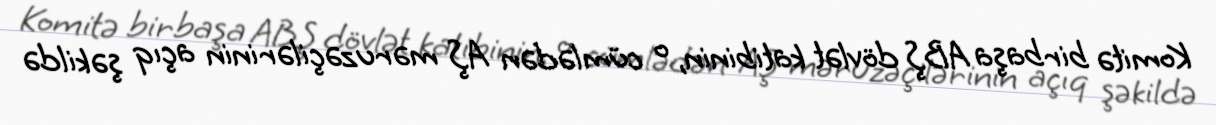
Komitə birbaşa ABŞ dövlət katibinin, o cümlədən AŞ məruzəçilərinin açıq şəkildə